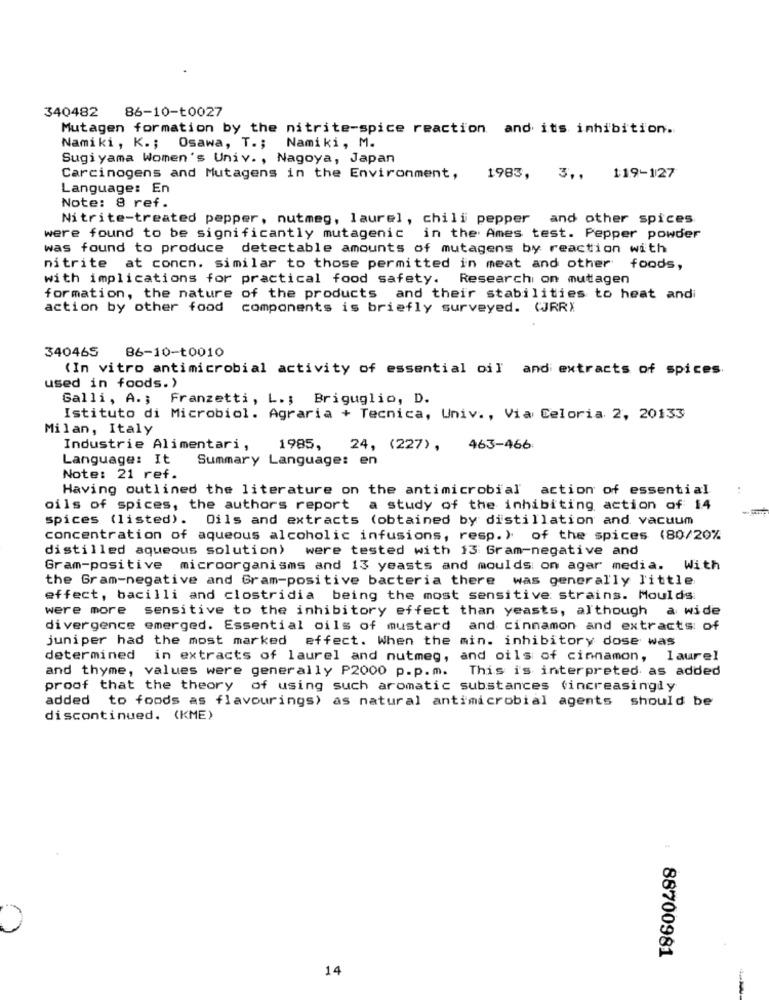
340482
86-10-t0027
Mutagen formation by the nitrite-spice reaction and its inhibition.
Namiki, K .; Osawa, T .; Namiki, M.
Sugiyama Women's Univ. , Nagoya, Japan
Carcinogens and Mutagens in the Environment,
1983, 3 ,, 119-127
Language: En
Note: 8 ref.
Nitrite-treated pepper, nutmeg, laurel, chili pepper and other spices
were found to be significantly mutagenic in the Ames test. Pepper powder
was found to produce detectable amounts of mutagens by reaction with
nitrite at concn. similar to those permitted in meat and other foods,
with implications for practical food safety. Research on mutagen
formation, the nature of the products and their stabilities to heat andi
action by other food
components is briefly surveyed. (JRRX
340465
86-10-t0010
(In vitro antimicrobial activity of essential oil and extracts of spices.
used in foods.)
Galli, A .; Franzetti, L .; Briguglio, D.
Istituto di Microbiol. Agraria + Tecnica, Univ ., Via Celoria 2, 20133
Milan, Italy
Industrie Alimentari,
1985, 24, (227), 463-466
Language: It
Summary Language: en
Note: 21 ref.
Having outlined the literature on the antimicrobial action of essential
oils of spices, the authors report
a study of the inhibiting action of 14
spices (listed). Oils and extracts (obtained by distillation and vacuum
concentration of aqueous alcoholic infusions, resp. ) of the spices (80/20%
distilled aqueous solution) were tested with 13 Gram-negative and
Gram-positive microorganisms and 13 yeasts and moulds on ager media. With
the Gram-negative and Gram-positive bacteria there was generally little
effect, bacilli and clostridia being the most sensitive strains. Moulds
were more sensitive to the inhibitory effect than yeasts, although a wide
divergence emerged. Essential oils of mustard and cinnamon and extracts of
juniper had the most marked effect. When the min. inhibitory dose was
determined in extracts of laurel and nutmeg, and oils of cinnamon, laurel
and thyme, values were generally P2000 p.p.m. This is interpreted as added
proof that the theory of using such aromatic substances (increasingly
added to foods as flavourings) as natural antimicrobial agents should be
discontinued. (KME)
88700981
14